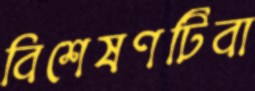
বিশেষণটিবা